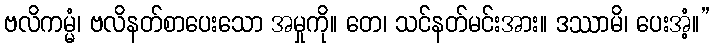
ဗလိကမ္မံ၊ ဗလိနတ်စာပေးသော အမှုကို။ တေ၊ သင်နတ်မင်းအား။ ဒဿာမိ၊ ပေးအံ့။”